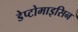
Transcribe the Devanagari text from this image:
डेप्टोमाइसिन